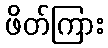
ဖိတ်ကြား